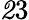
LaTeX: {\mathit 23}